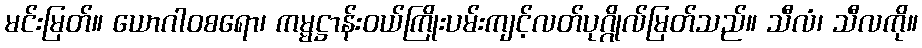
မင်းမြတ်။ ယောဂါဝစရော၊ ကမ္မဋ္ဌာန်းဝယ်ကြိုးပမ်းကျင့်လတ်ပုဂ္ဂိုလ်မြတ်သည်။ သီလံ၊ သီလကို။